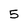
Character: 5